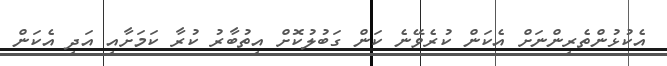
އެކުޅުންތެރިންނަށް އެކަން ކުރެވޭނެ ކަން ގަބުލުކޮށް އިތުބާރު ކުރާ ކަމަށާއި އަދި އެކަން